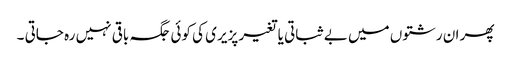
پھر ان رشتوں میں بے ثباتی یا تغیر پزیری کی کوئی جگہ باقی نہیں رہ جاتی ۔